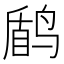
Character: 𱊑